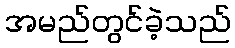
အမည်တွင်ခဲ့သည်